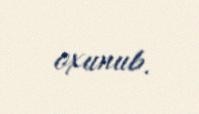
oxunub.